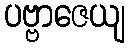
ပဗ္ဗာဇေယျ